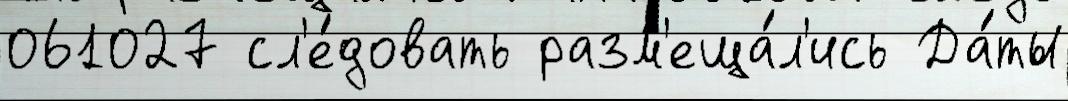
061027 сл'е́довать разм'еща́л'ись Да́ты